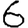
Digit: 6